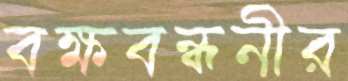
বক্ষবন্ধনীর